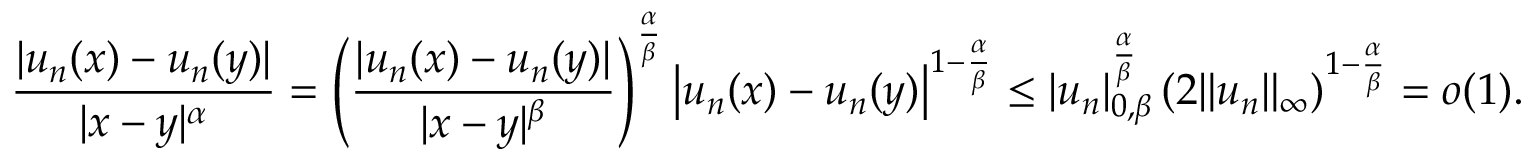
{ \frac { | u _ { n } ( x ) - u _ { n } ( y ) | } { | x - y | ^ { \alpha } } } = \left( { \frac { | u _ { n } ( x ) - u _ { n } ( y ) | } { | x - y | ^ { \beta } } } \right) ^ { \frac { \alpha } { \beta } } \left| u _ { n } ( x ) - u _ { n } ( y ) \right| ^ { 1 - { \frac { \alpha } { \beta } } } \leq | u _ { n } | _ { 0 , \beta } ^ { \frac { \alpha } { \beta } } \left( 2 \| u _ { n } \| _ { \infty } \right) ^ { 1 - { \frac { \alpha } { \beta } } } = o ( 1 ) .